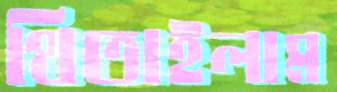
থিতাইলাম